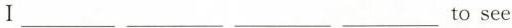
Ⅰ___ ___ ___ ___to see